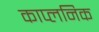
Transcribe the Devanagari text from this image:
काप्लनिक